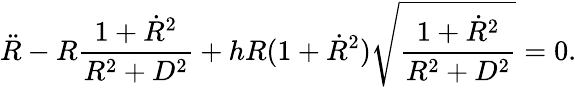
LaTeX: {\ddot{R}}-R\frac{1+{\dot{R}}^{2}}{R^{2}+D^{2}}+hR(1+{\dot{R}}^{2})\sqrt{\frac{1+{\dot{R}}^{2}}{R^{2}+D^{2}}}=0.